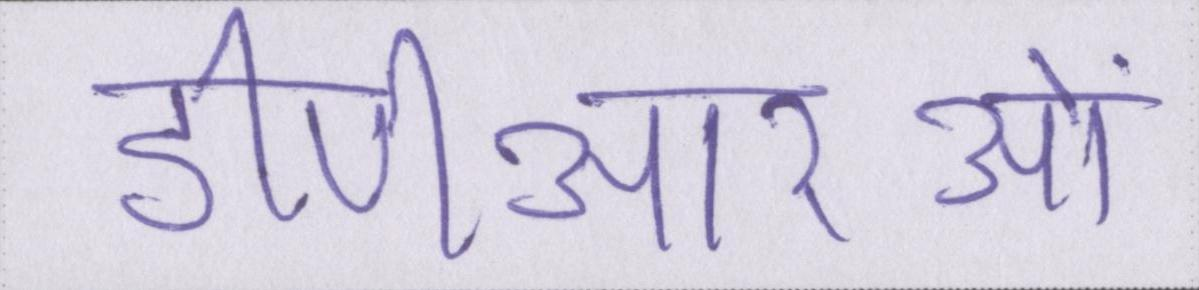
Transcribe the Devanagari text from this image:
डीपीआरओं